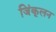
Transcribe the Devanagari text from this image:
जिंकूलन